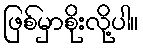
ဖြစ်မှာစိုးလို့ပါ။